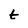
Character: t